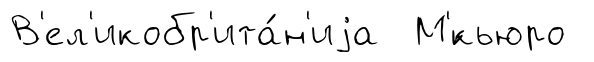
В'ел'икобр'ита́н'иjа М'́кьюро